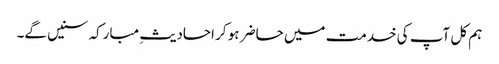
ہم کل آپ کی خدمت میں حاضر ہو کر احادیثِ مبارکہ سنیں گے۔